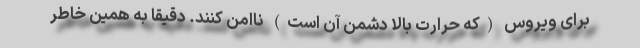
برای ویروس (که حرارت بالا دشمن آن است) ناامن کنند. دقیقا به همین خاطر